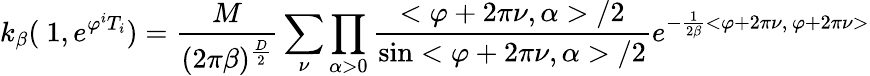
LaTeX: k_{\beta}(\mathrm{\mathbf~1},e^{\varphi^{i}T_{i}})=\frac{M}{(2\pi\beta)^{\frac{D}{2}}}\sum_{\nu}\prod_{\alpha>0}\frac{<\varphi+2\pi\nu,\alpha>/2}{\sin<\varphi+2\pi\nu,\alpha>/2}e^{-\frac{1}{2\beta}<\varphi+2\pi\nu,\, \varphi+2\pi\nu>}